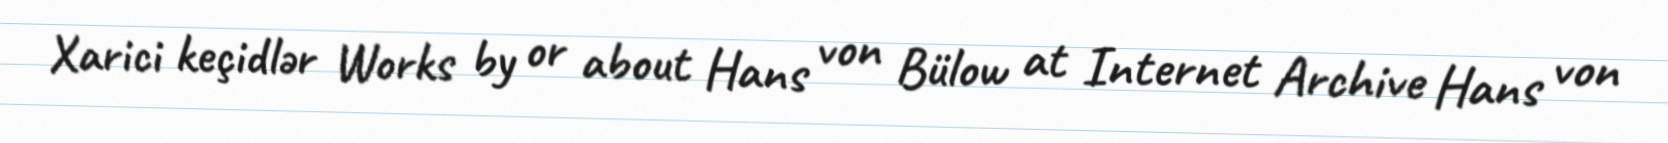
Xarici keçidlər Works by or about Hans von Bülow at Internet Archive Hans von